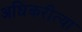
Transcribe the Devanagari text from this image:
अधिकरीत्या